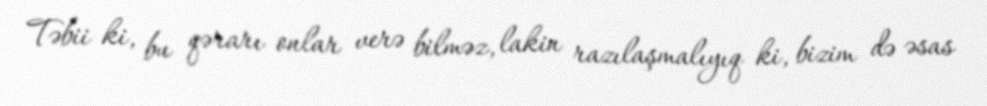
Təbii ki, bu qərarı onlar verə bilməz, lakin razılaşmalıyıq ki, bizim də əsas